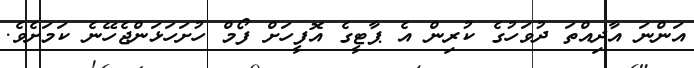
އަންނަ އާދިއްތަ ދުވަހުގެ ކުރިން އެ ޕާޓީގެ އޮފީހަށް ފޯމް ހުށަހަޅަންޖެހޭނެ ކަމަށެވެ.